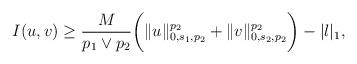
LaTeX: \begin{align*}\begin{aligned}I(u,v)&\geq \frac{M}{p_1 \vee p_2}\bigg( \|u\|_{0,s_1,p_2}^{p_2} + \|v\|_{0,s_2,p_2}^{p_2} \bigg)-|l|_1, \\\end{aligned}\end{align*}